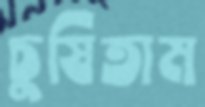
চুষিতাম